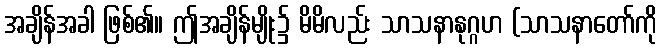
အချိန်အခါ ဖြစ်၏။ ဤအချိန်မျိုး၌ မိမိလည်း သာသနာနုဂ္ဂဟ (သာသနာတော်ကို